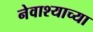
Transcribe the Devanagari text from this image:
नेवाश्याच्या